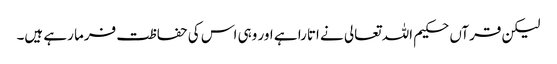
لیکن قرآں حکیم اللہ تعالی نے اتارا ہے اور وہی اس کی حفاظت فرما رہے ہیں۔